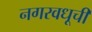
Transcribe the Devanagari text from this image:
नगरवधूची